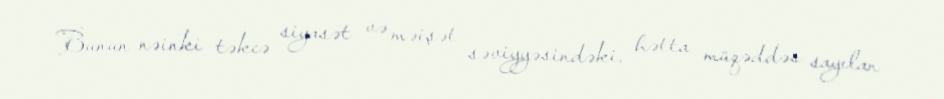
Bunun nəinki təkcə siyasət və məişət səviyyəsindəki, hətta müqəddəs sayılan